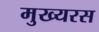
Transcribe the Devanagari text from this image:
मुख्यरस